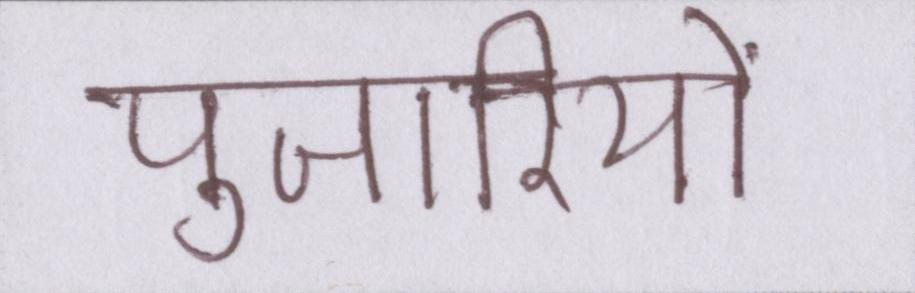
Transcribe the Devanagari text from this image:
पुजारियों